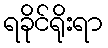
ရခိုင်ရိုးရာ